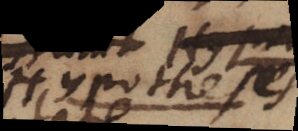
Hypotheses